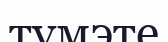
тумэте